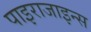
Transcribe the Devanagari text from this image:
पाइराजाइन्स